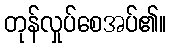
တုန်လှုပ်စေအပ်၏။